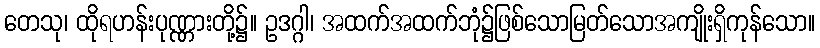
တေသု၊ ထိုရဟန်းပုဏ္ဏားတို့၌။ ဥဒဂ္ဂါ၊ အထက်အထက်ဘုံ၌ဖြစ်သောမြတ်သောအကျိုးရှိကုန်သော။